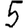
Digit: 5